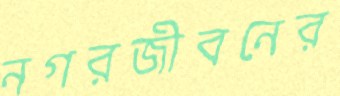
নগরজীবনের